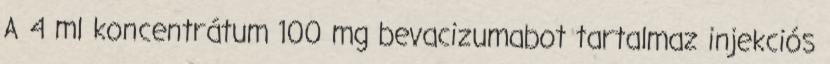
A 4 ml koncentrátum 100 mg bevacizumabot tartalmaz injekciós